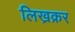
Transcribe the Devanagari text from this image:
लिख्रक्रर